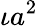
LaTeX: \iota a^{2}